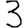
Digit: 3